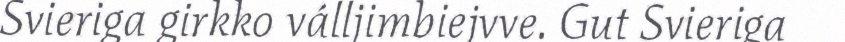
Svieriga girkko válljimbiejvve. Gut Svieriga